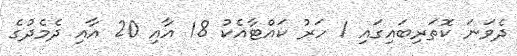
ދެވަނަ ކޮތަރިބައިގައި 1 ހަރު ކައްޓާއެކު 18 އާއި 20 އާއި ދެމެދުގެ